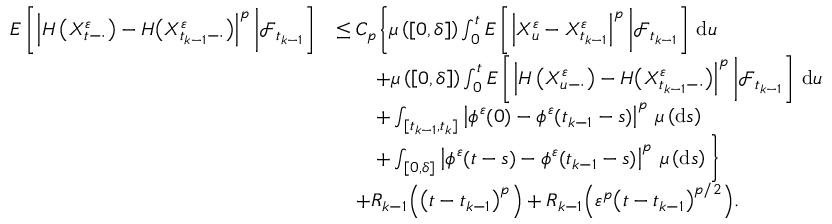
\begin{array} { r l } { E \left[ \left| H \left( X _ { t - \cdot } ^ { \varepsilon } \right) - H \big ( X _ { t _ { k - 1 } - \cdot } ^ { \varepsilon } \big ) \right| ^ { p } \bigg | \mathcal { F } _ { t _ { k - 1 } } \right] } & { \leq C _ { p } \bigg \{ \mu \left( \left[ 0 , \delta \right] \right) \int _ { 0 } ^ { t } E \left[ \left| X _ { u } ^ { \varepsilon } - X _ { t _ { k - 1 } } ^ { \varepsilon } \right| ^ { p } \bigg | \mathcal { F } _ { t _ { k - 1 } } \right] \, \mathrm { d } u } \\ & { \qquad + \mu \left( \left[ 0 , \delta \right] \right) \int _ { 0 } ^ { t } E \left[ \left| H \left( X _ { u - \cdot } ^ { \varepsilon } \right) - H \big ( X _ { t _ { k - 1 } - \cdot } ^ { \varepsilon } \big ) \right| ^ { p } \bigg | \mathcal { F } _ { t _ { k - 1 } } \right] \, \mathrm { d } u } \\ & { \qquad + \int _ { [ t _ { k - 1 } , t _ { k } ] } \left| \phi ^ { \varepsilon } ( 0 ) - \phi ^ { \varepsilon } ( t _ { k - 1 } - s ) \right| ^ { p } \, \mu \left( \mathrm { d } s \right) } \\ & { \qquad + \int _ { [ 0 , \delta ] } \left| \phi ^ { \varepsilon } ( t - s ) - \phi ^ { \varepsilon } ( t _ { k - 1 } - s ) \right| ^ { p } \, \mu \left( \mathrm { d } s \right) \bigg \} } \\ & { \quad + R _ { k - 1 } \Big ( \big ( t - t _ { k - 1 } \big ) ^ { p } \Big ) + R _ { k - 1 } \Big ( \varepsilon ^ { p } \big ( t - t _ { k - 1 } \big ) ^ { p / 2 } \Big ) . } \end{array}